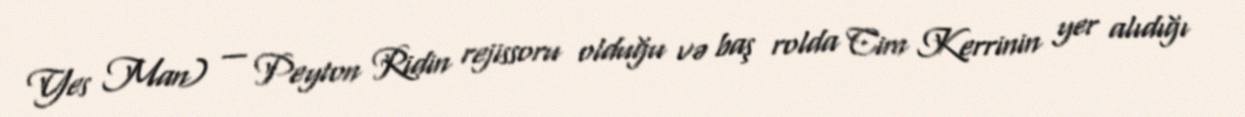
Yes Man) — Peyton Ridin rejissoru olduğu və baş rolda Cim Kerrinin yer alıdığı